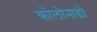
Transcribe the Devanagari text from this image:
कोलोनाडो